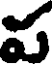
ప